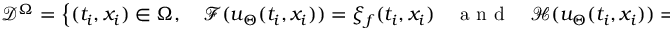
\mathcal { D } ^ { \Omega } = \left\{ ( t _ { i } , x _ { i } ) \in \Omega , \quad \mathcal { F } ( u _ { \Theta } ( t _ { i } , x _ { i } ) ) = \xi _ { f } ( t _ { i } , x _ { i } ) \quad \mathrm { ~ a ~ n ~ d ~ } \quad \mathcal { H } ( u _ { \Theta } ( t _ { i } , x _ { i } ) ) = \xi _ { h } ( t _ { i } , x _ { i } ) , \, i = 1 . . . N ^ { \Omega } \right\}